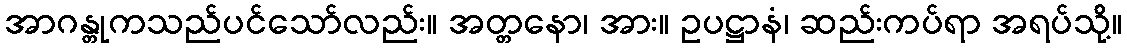
အာဂန္တုကသည်ပင်သော်လည်း။ အတ္တနော၊ အား။ ဥပဋ္ဌာနံ၊ ဆည်းကပ်ရာ အရပ်သို့။